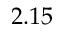
2 . 1 5